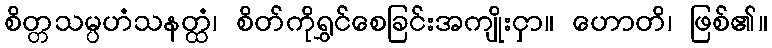
စိတ္တသမ္ပဟံသနတ္ထံ၊ စိတ်ကိုရွှင်စေခြင်းအကျိုးငှာ။ ဟောတိ၊ ဖြစ်၏။